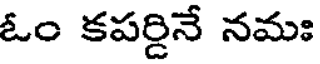
ఓం కపర్డినే నమః